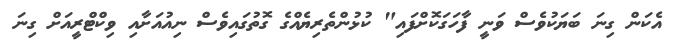
އެކަން ގިނަ ބަޔަކުވެސް ވަނީ ފާހަގަކޮށްފައި" ކުޅުންތެރިޔެއްގެ ގޮތުގައިވެސް ނިއުއަށާއި ވިކްޓްރީއަށް ގިނަ